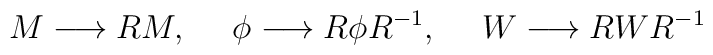
M \longrightarrow RM,~~~~\phi \longrightarrow R \phi R^{-1},~~~~W \longrightarrow R W R^{-1}